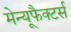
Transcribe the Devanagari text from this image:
मेन्यूफैक्टर्स